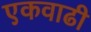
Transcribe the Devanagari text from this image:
एकवाढी